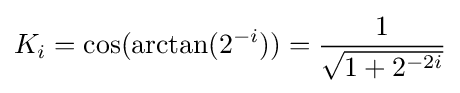
K_{i}=\cos(\arctan(2^{-i}))={\frac {1}{\sqrt {1+2^{-2i}}}}